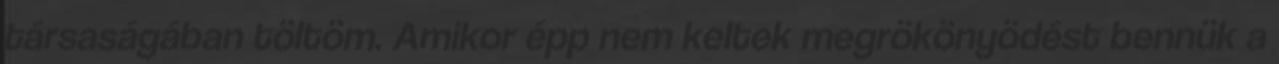
társaságában töltöm. Amikor épp nem keltek megrökönyödést bennük a